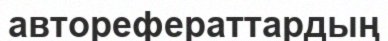
авторефераттардың